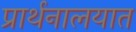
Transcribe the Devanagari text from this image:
प्रार्थनालयात